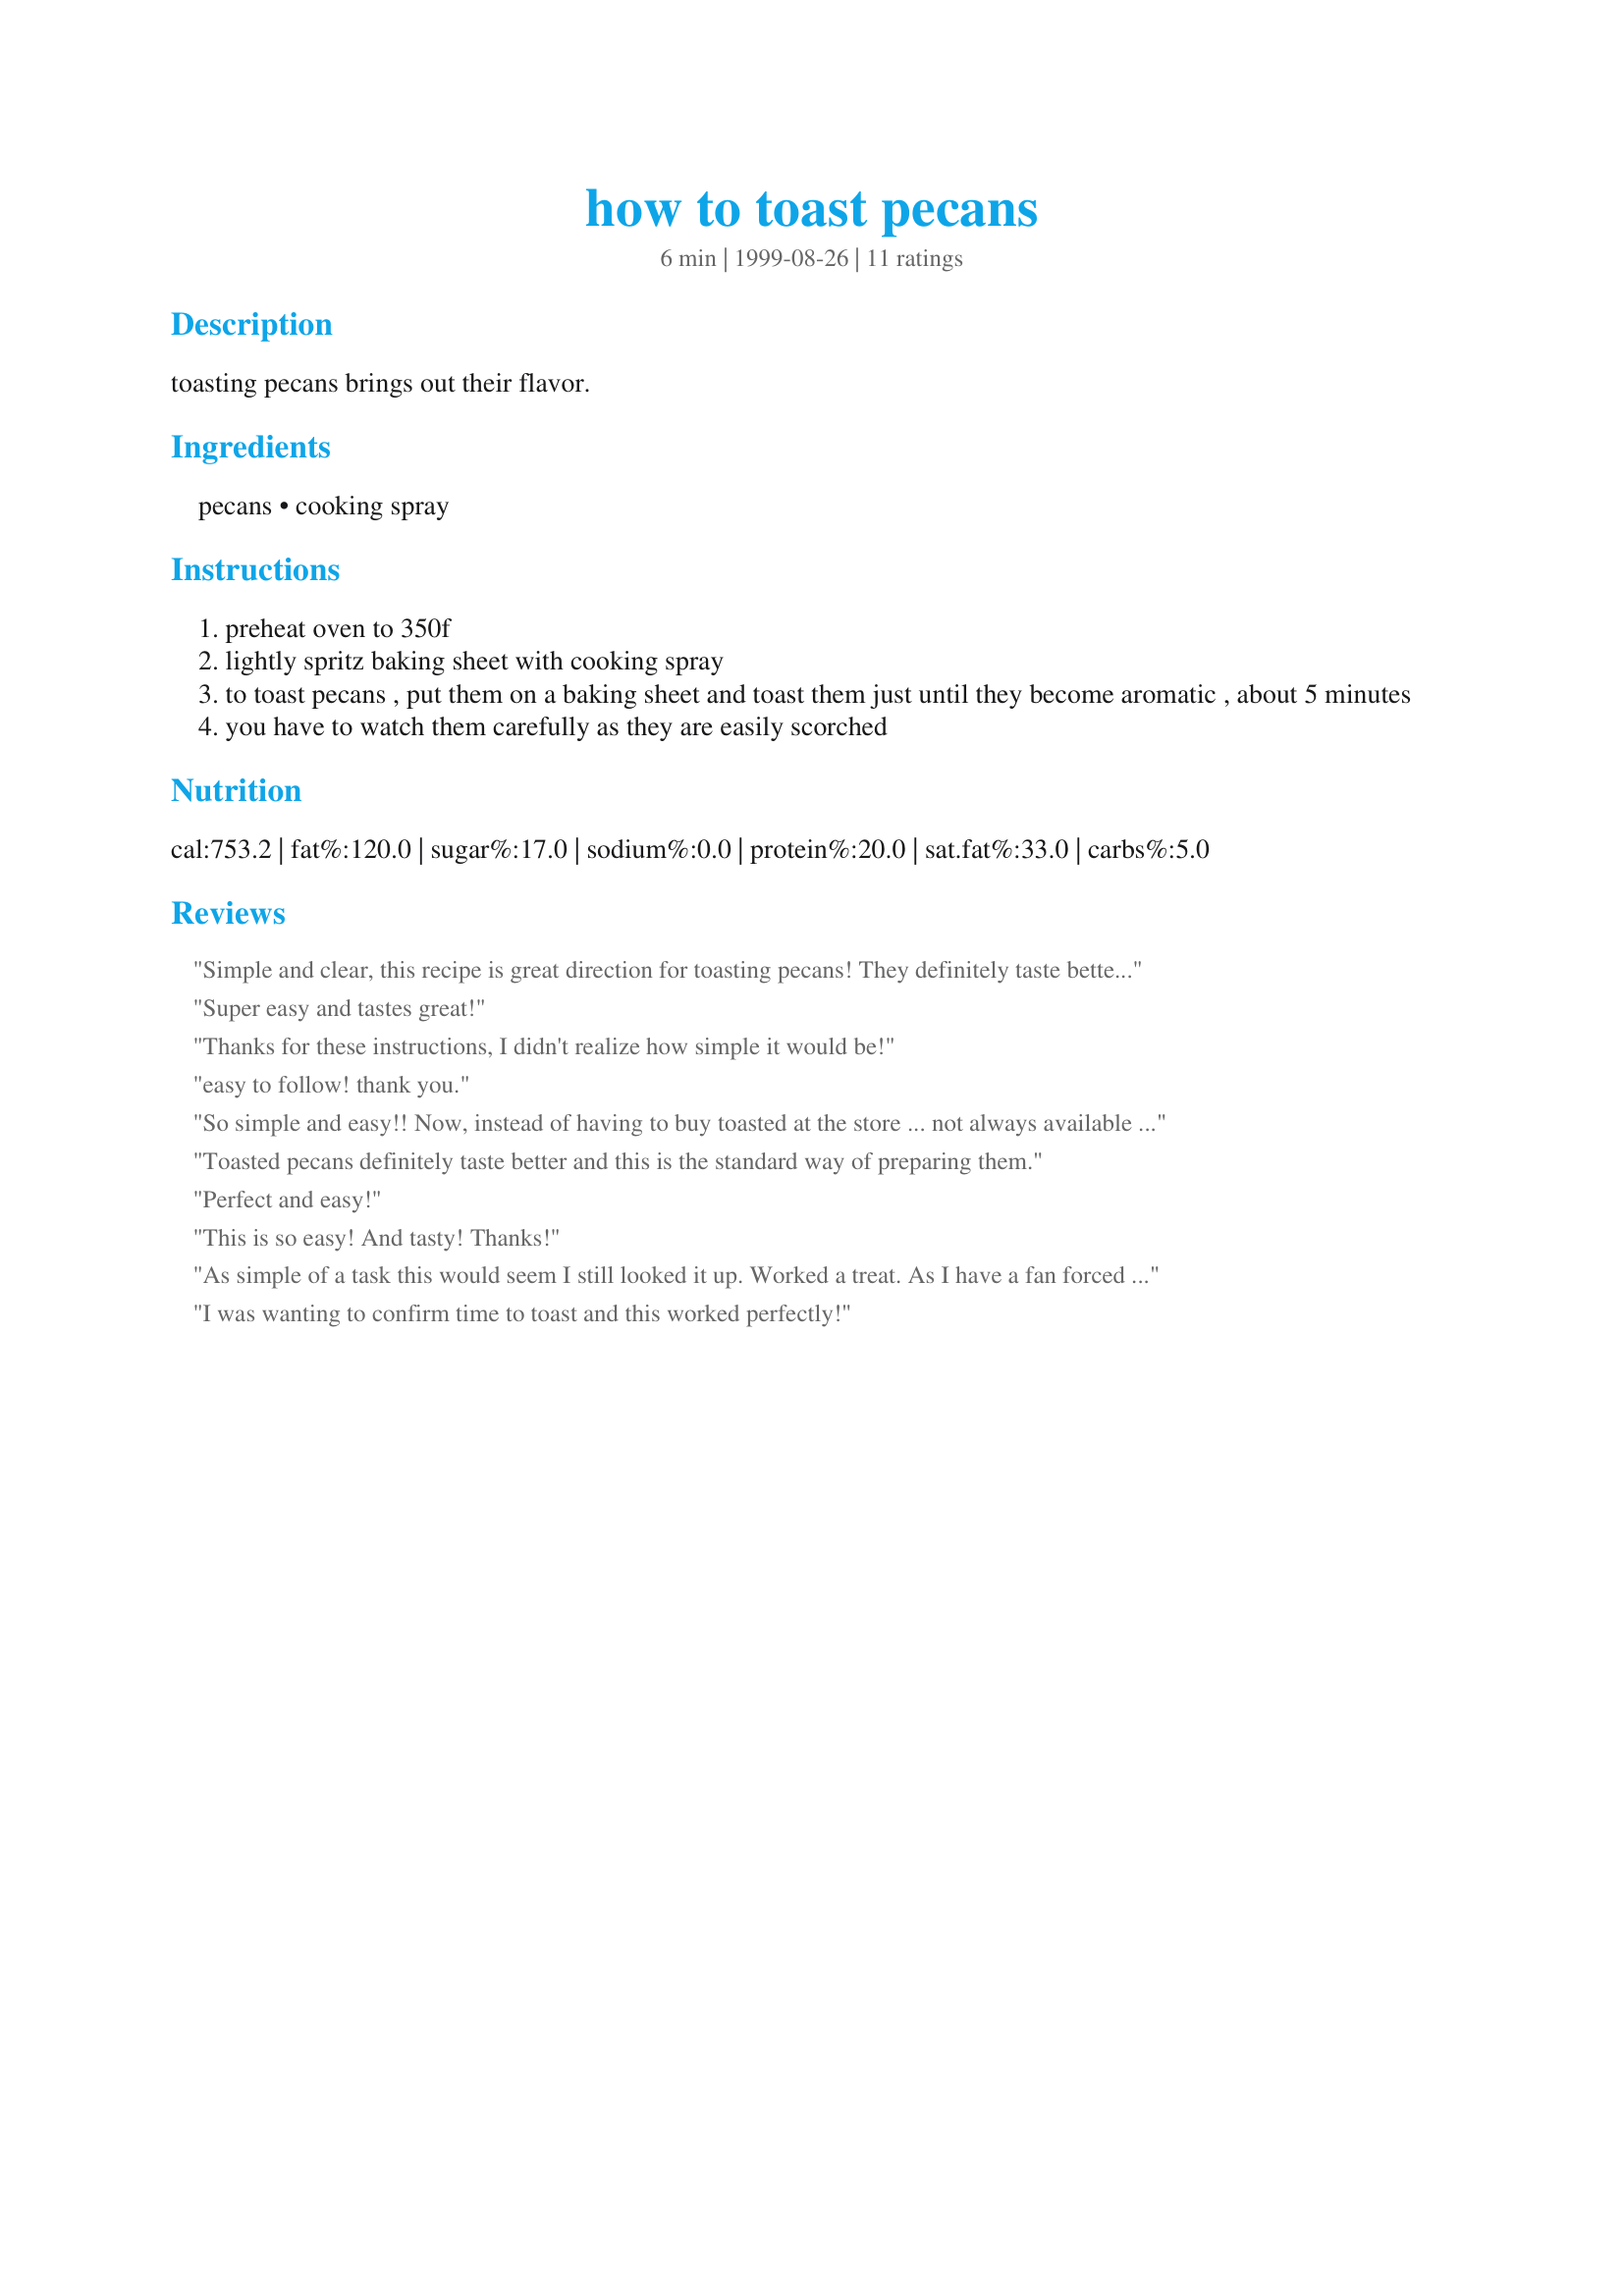
how to toast pecans
Preparation time: 6 minutes

toasting pecans brings out their flavor.

Ingredients:
pecans, cooking spray

Steps:
preheat oven to 350f
lightly spritz baking sheet with cooking spray
to toast pecans , put them on a baking sheet and toast them just until they become aromatic , about 5 minutes
you have to watch them carefully as they are easily scorched

Reviews:
Simple and clear, this recipe is great direction for toasting pecans! They definitely taste better after a turn in the oven for a few minutes! Thanks for sharing, benluc!
Super easy and tastes great!
Thanks for these instructions, I didn't realize how simple it would be!
easy to follow! thank you.
So simple and easy!! Now, instead of having to buy toasted at the store ... not always available nor the cheapest price ... I can buy readily available and cheaper raw pecans and toast 'em up and salt them myself in a matter of minutes. Thank you benluc!!
Toasted pecans definitely taste better and this is the standard way of preparing them.
Perfect and easy!
This is so easy! And tasty! Thanks!
As simple of a task this would seem I still looked it up. Worked a treat. As I have a fan forced oven I reduced to 155C and went for 7 minutes. Perfect and no scorching.
I was wanting to confirm time to toast and this worked perfectly!
This was simple and to the point and worked perfectly. Thank you!
